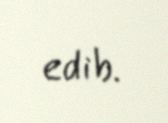
edib.